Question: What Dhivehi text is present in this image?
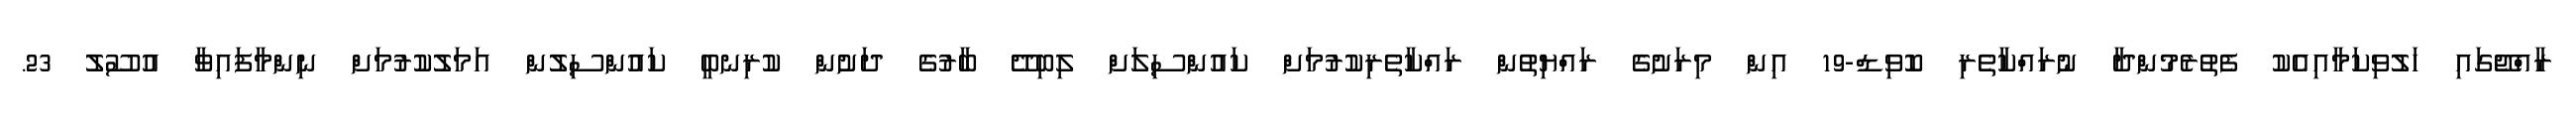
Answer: ރާއްޖޭގައި ހަލުވިކަމާއިއެކު ފެތުރެމުންދާ ނުރައްކާތެރި ކޮވިޑް-19 އިން މިރަށުގެ ރައްޔިތުން ރައްކާތެރިކުރުމަށް ކައުންސިލަށް ލިބިދޭ ބާރުގެ ދަށުން ކުރިނބީ ކައުންސިލުން އަމަލުކުރުމަށް ނިންމާފައިވާ އުސޫލު 23.